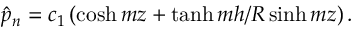
\hat { p } _ { n } = c _ { 1 } \left( \cosh { m z } + \operatorname { t a n h } { m h / R } \sinh { m z } \right) .